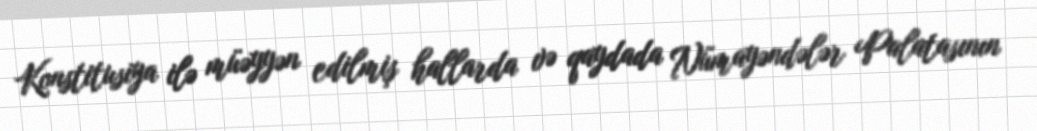
Konstitusiya ilə müəyyən edilmiş hallarda və qaydada Nümayəndələr Palatasının